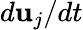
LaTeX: d{\mathbf{u}}_{j}/{dt}